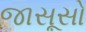
જાસૂસો